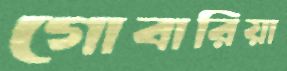
গোবারিয়া